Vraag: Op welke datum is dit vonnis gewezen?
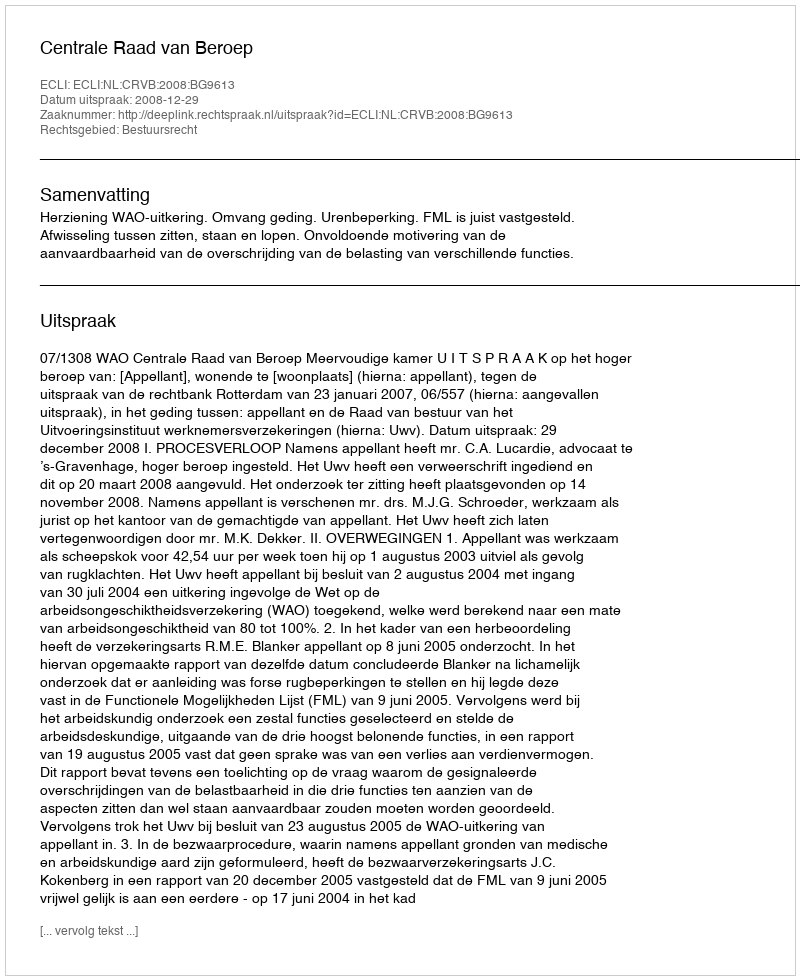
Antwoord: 2008-12-29